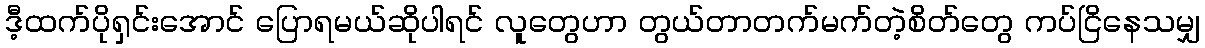
ဒီ့ထက်ပိုရှင်းအောင် ပြောရမယ်ဆိုပါရင် လူတွေဟာ တွယ်တာတက်မက်တဲ့စိတ်တွေ ကပ်ငြိနေသမျှ